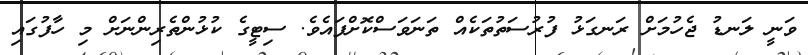
ވަނީ ލަނޑު ޖެހުމަށް ރަނގަޅު ފުރުސަތުތަކެއް ތަނަވަސްކޮށްފައެވެ. ސިޓީގެ ކުޅުންތެރިންނަށް މި ހާފުގައި